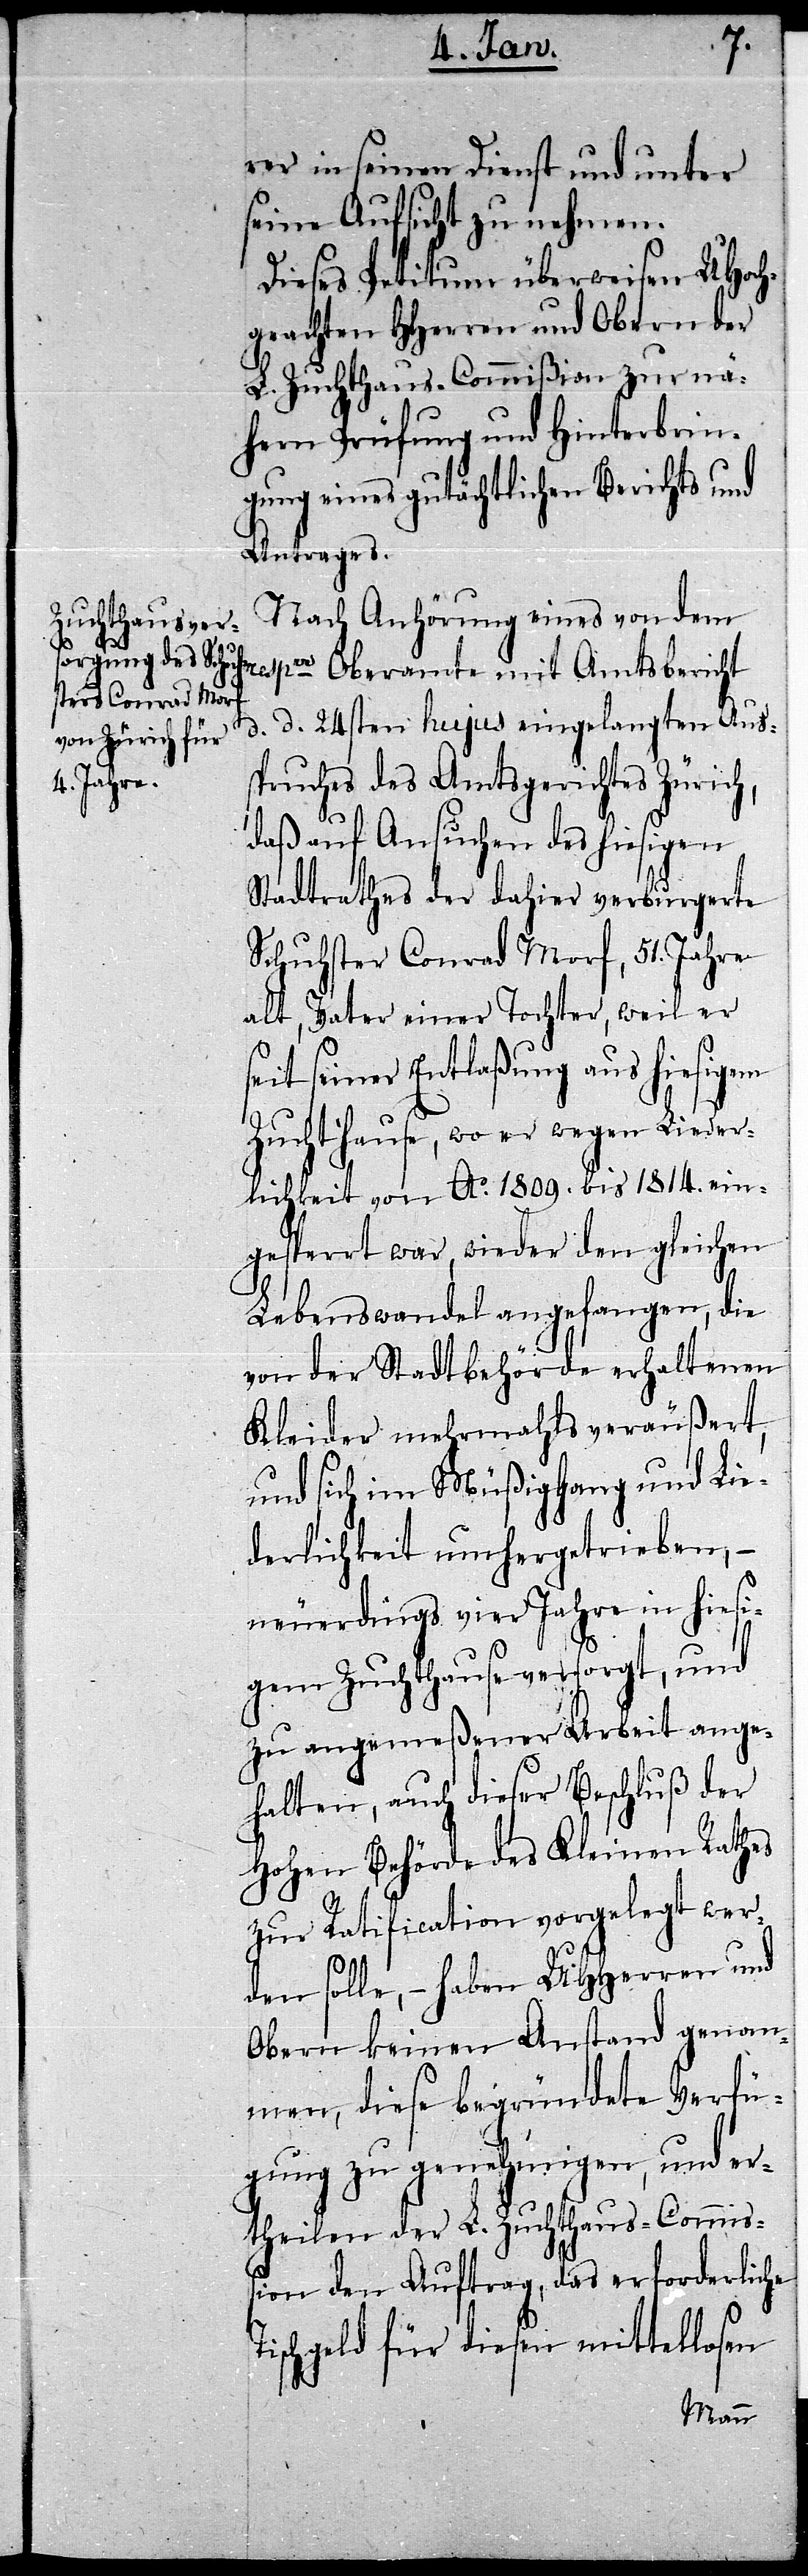
s¬

rer in seinen Dienst und unter
seine Aufsicht zu nehmen.
Dieses Petitum überweisen UHoch¬
geachten HHerren und Obern der
L. Zuchthaus-Commißion zur nä¬
hern Prüfung und Hinterbrin¬
gung eines gutächtlichen Berichts und
Antrages.
Nach Anhörung eines von dem
respve Oberamte mit Amtsbericht
d. d. 24sten hujus eingelangten Aus¬
spruches des Amtsgerichtes Zürich,
daß auf Ansuchen des hiesigen
Stadtrathes der dahier verburgerte
Schuhster Conrad Morf, 51. Jahre
alt, Vater einer Tochter, weil er
eit seiner Entlaßung aus hiesigem
Zuchthause, wo er wegen Lieder¬
lichkeit von Ao. 1809. bis 1814. ein¬
gesperrt war, wieder den gleichen
Lebenswandel angefangen, die
von der Stadtbehörde erhaltenen
Kleider mehrmahls veräußert,
und sich im Müßiggang und Lie¬
derlichkeit umhergetrieben, –
neuerdings vier Jahre in hiesi¬
gem Zuchthause versorgt, und
zu angemeßener Arbeit ange¬
halten, auch dieser Beschluß der
Hohen Behörde des Kleinen Rathes
zur Ratification vorgelegt wer¬
den solle, – haben UHHerren und
Obern keinen Anstand genom¬
men, diese begründete Verfü¬
gung zu genehmigen, und er¬
theilen der L. Zuchthaus-Commiß¬
ion den Auftrag, das erforderliche
Tischgeld für diesen mittellosen